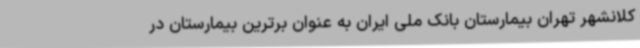
کلانشهر تهران بیمارستان بانک ملی ایران به عنوان برترین بیمارستان در